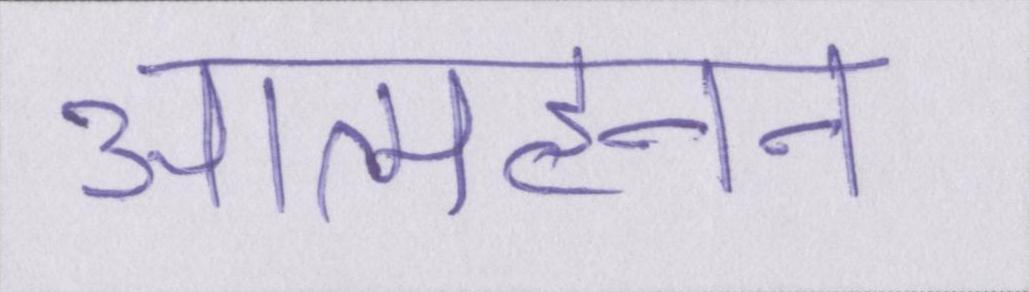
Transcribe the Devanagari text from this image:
आत्महनन